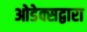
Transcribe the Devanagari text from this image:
ओडेक्सद्वारा